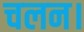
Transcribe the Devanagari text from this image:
चलन।